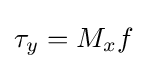
\tau _{y}=M_{x}f